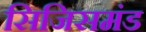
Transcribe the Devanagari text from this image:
सिजिसमंड